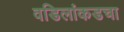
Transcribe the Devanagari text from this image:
वडिलांकडचा